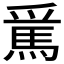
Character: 𲋵